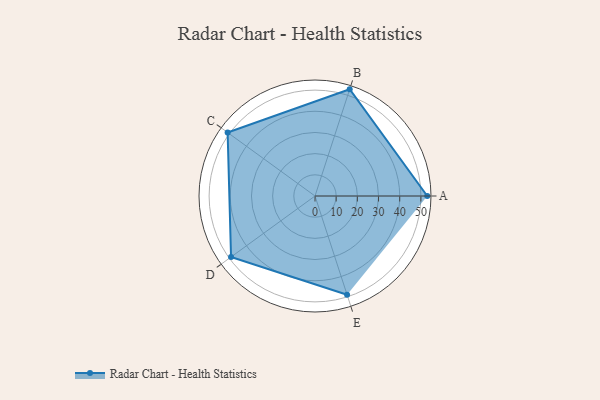
{"axis": {"x": "Skill", "y": "Score"}, "legend": ["Profile"], "data": [{"x": "A", "y": 53.0, "type": "Profile"}, {"x": "B", "y": 53.0, "type": "Profile"}, {"x": "C", "y": 51.0, "type": "Profile"}, {"x": "D", "y": 49.0, "type": "Profile"}, {"x": "E", "y": 49.0, "type": "Profile"}]}